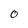
Character: O